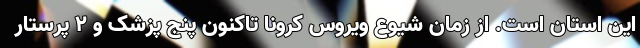
این استان است. از زمان شیوع ویروس کرونا تاکنون پنج پزشک و ۲ پرستار